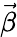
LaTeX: \vec{\beta}